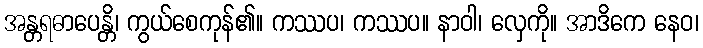
အန္တရဓာပေန္တိ၊ ကွယ်စေကုန်၏။ ကဿပ၊ ကဿပ။ နာဝါ၊ လှေကို။ အာဒိကေ နေဝ၊